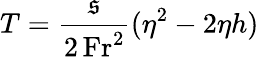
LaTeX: T=\frac{\mathfrak{s}}{2\, \mathrm{Fr}^{2}}(\eta^{2}-2\eta h)